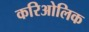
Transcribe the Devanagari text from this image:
करिओलिक